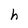
Character: h